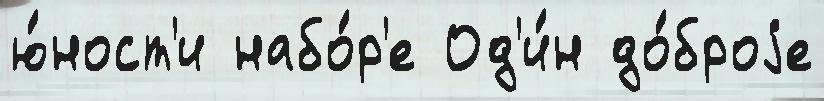
ю́ност'и набо́р'е Од'и́н до́броjе